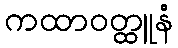
ကထာဝတ္ထူနံ